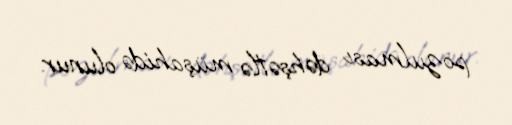
pozulması dəhşətlə müşahidə olunur.